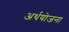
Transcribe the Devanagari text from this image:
अर्थयोजना